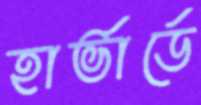
হার্ভার্ডে